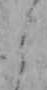
よ